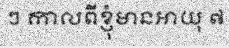
ៗ កាលពីខ្ញុំមានអាយុ ៧